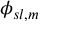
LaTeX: \phi _ { s l , m }